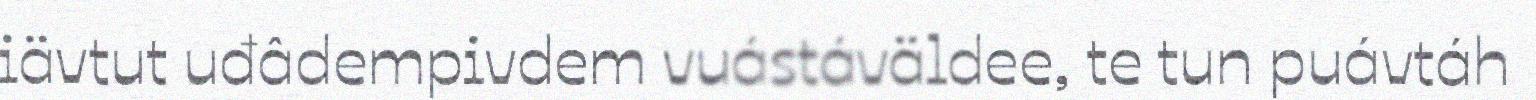
iävtut uđâdempivdem vuástáväldee, te tun puávtáh